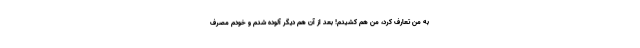
به من تعارف کرد، من هم کشیدم! بعد از آن هم دیگر آلوده شدم و خودم مصرف